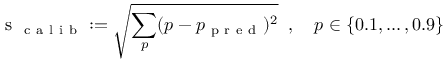
\mathrm { ~ s ~ } _ { \mathrm { ~ c ~ a ~ l ~ i ~ b ~ } } : = \sqrt { \sum _ { p } ( p - p _ { \mathrm { ~ p ~ r ~ e ~ d ~ } } ) ^ { 2 } } \; \; , \quad p \in \{ 0 . 1 , \dots , 0 . 9 \}